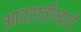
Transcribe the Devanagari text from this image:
आदरातीथ्याचे